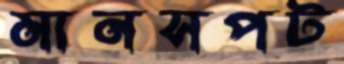
মানসপট